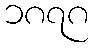
၁၈၇၈